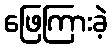
ဖြေကြားခဲ့